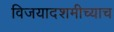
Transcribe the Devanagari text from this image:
विजयादशमीच्याच